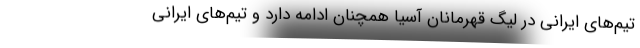
تیم‌های ایرانی در لیگ قهرمانان آسیا همچنان ادامه دارد و تیم‌های ایرانی